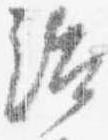
治